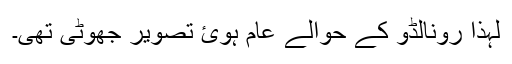
لہذا رونالڈو کے حوالے عام ہوئ تصویر جھوٹی تھی۔